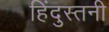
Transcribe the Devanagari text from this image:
हिंदुस्तनी